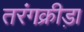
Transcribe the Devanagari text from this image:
तरंगक्रीड़ा